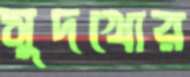
সুদখোর